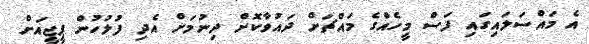
އެ މައްސަލައިގައި ފަސް މީހެއްގެ މައްޗަށް ދައުވާކޮށް ދިނުމަށް އެދި ފުލުހުން ޕީޖީއަށް